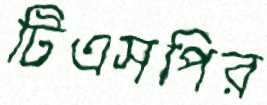
টিএসপির